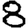
Digit: 8